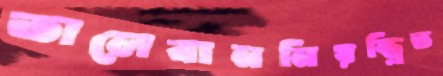
তালেবাননিয়ন্ত্রিত